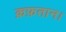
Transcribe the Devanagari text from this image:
क़फ़तान।